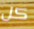
كل